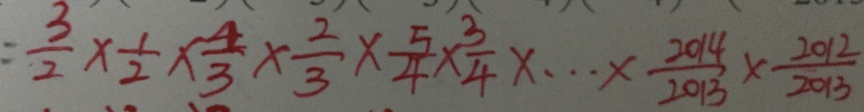
= \frac { 3 } { 2 } \times \frac { 1 } { 2 } \times \frac { 4 } { 3 } \times \frac { 2 } { 3 } \times \frac { 5 } { 4 } \times \frac { 3 } { 4 } \times \cdots \times \frac { 2 0 1 4 } { 2 0 1 3 } \times \frac { 2 0 1 2 } { 2 0 1 3 }